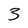
Character: 3